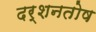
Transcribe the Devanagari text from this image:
दर्शनतोष